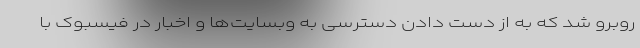
روبرو شد که به از دست دادن دسترسی به وبسایت‌ها و اخبار در فیسبوک با